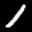
Label: 1